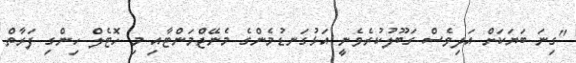
"ގިނަ ބަޔަކަށް އަދިވެސް ގަބޫލުކުރެވެނީ އަޅުގަނޑުމެންގެ މެނޭޖްމަންޓާއި މި ހޮޓެލް ހިންގި ފަރާތް